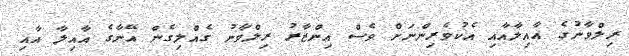
ރިލްވާނުގެ އާއިލާއާއި އެކުވެރިންނަށް ވެސް އިންޒާރު ރިލްވާނު ގެއްލިގެން އޭނާގެ އާއިލާ އާއި